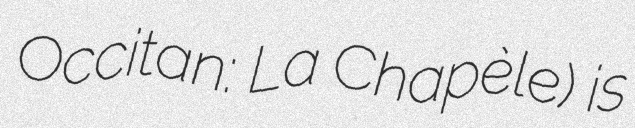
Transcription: Occitan: La Chapèle) is